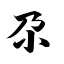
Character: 尕